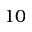
1 0